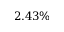
2 . 4 3 \%